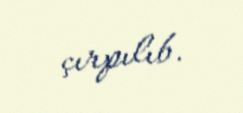
çırpılıb.